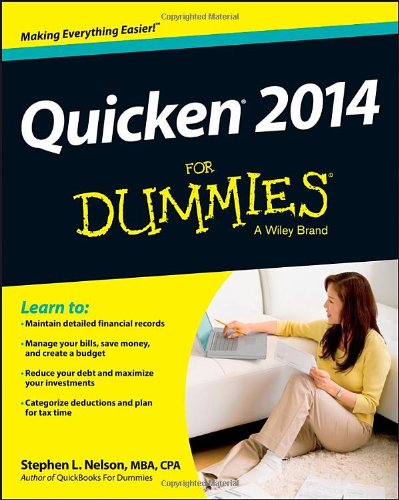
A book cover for Quicken 2014 For Dummies; Stephen L. Nelson; Computers & Technology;